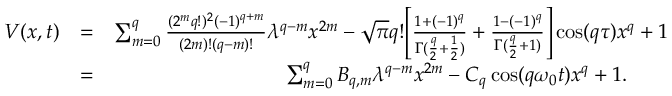
\begin{array} { r l r } { V ( x , t ) } & { = } & { \sum _ { m = 0 } ^ { q } \frac { ( 2 ^ { m } q ! ) ^ { 2 } ( - 1 ) ^ { q + m } } { ( 2 m ) ! ( q - m ) ! } \lambda ^ { q - m } x ^ { 2 m } - \sqrt { \pi } q ! \Bigg [ \frac { 1 + ( - 1 ) ^ { q } } { \Gamma ( \frac { q } { 2 } + \frac { 1 } { 2 } ) } + \frac { 1 - ( - 1 ) ^ { q } } { \Gamma ( \frac { q } { 2 } + 1 ) } \Bigg ] \cos ( q \tau ) x ^ { q } + 1 } \\ & { = } & { \sum _ { m = 0 } ^ { q } B _ { q , m } \lambda ^ { q - m } x ^ { 2 m } - C _ { q } \cos ( q \omega _ { 0 } t ) x ^ { q } + 1 . \ \ \ \ \ \ } \end{array}